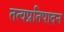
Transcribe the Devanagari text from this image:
तत्वप्रतिपादन